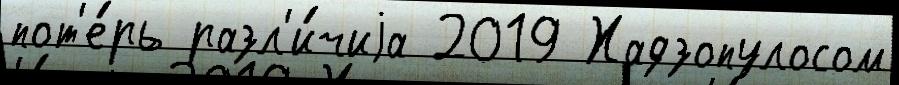
пот'е́рь разл'и́чиjа 2019 Хадзопулосом